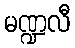
မဏ္ဍလီ